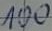
Text: 100